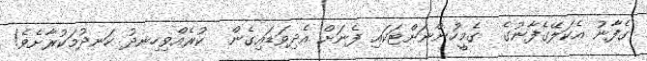
ގެފާނު އެކަލޭގެފާނުގެ  ގެމީހުންނަށްޓަކައި ފެނަށް އެދިވަޑައިގެން  ކުރެއްވިހިނދު ހަނދުމަކުރާށެވެ!